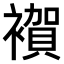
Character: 𧝂